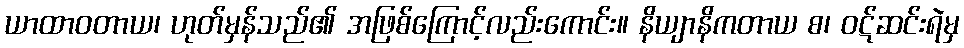
ယာထာဝတာယ၊ ဟုတ်မှန်သည်၏ အဖြစ်ကြောင့်လည်းကောင်း။ နိယျာနိကတာယ စ၊ ဝဋ်ဆင်းရဲမှ